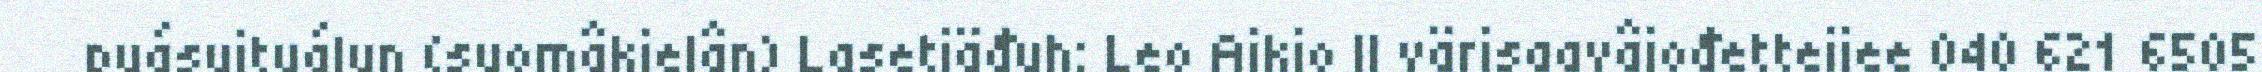
puásuituálun (suomâkielân) Lasetiäđuh: Leo Aikio II värisaavâjođetteijee 040 621 6505